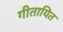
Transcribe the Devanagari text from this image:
गीतायित